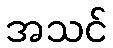
အသင်